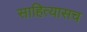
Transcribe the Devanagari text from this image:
साहित्यासच